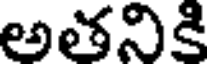
అతనికి